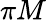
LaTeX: \pi M